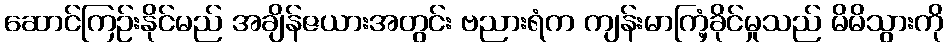
ဆောင်ကြဉ်းနိုင်မည် အချိန်ဇယားအတွင်း ဗညားရံက ကျန်းမာကြံ့ခိုင်မှုသည် မိမိသွားကို